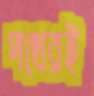
পথেরই